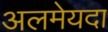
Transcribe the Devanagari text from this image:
अलमेयदा